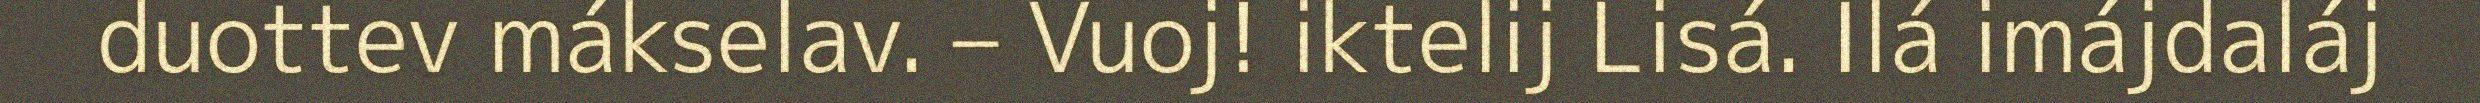
duottev mákselav. – Vuoj! iktelij Lisá. Ilá imájdaláj